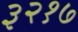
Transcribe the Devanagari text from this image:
३२१७